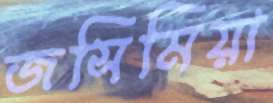
জসিমিয়া